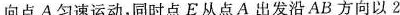
向点A匀速运动，同时点E从点A出发沿AB方向以2